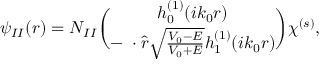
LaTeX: \psi _ { I I } ( r ) = N _ { I I } { \binom { h _ { 0 } ^ { ( 1 ) } ( i k _ { 0 } r ) } { - { \bf \sigma } \cdot \hat { r } \sqrt { \frac { V _ { 0 } - E } { V _ { 0 } + E } } h _ { 1 } ^ { ( 1 ) } ( i k _ { 0 } r ) } } \chi ^ { ( s ) } ,